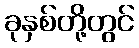
ခုနှစ်တို့တွင်